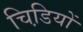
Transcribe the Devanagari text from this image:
चिडि़यों